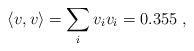
LaTeX: \begin{align*}\langle v,v\rangle=\sum_i v_iv_i= 0.355\;,\end{align*}